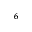
^ 6